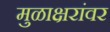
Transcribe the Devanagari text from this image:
मुळाक्षरांवर